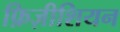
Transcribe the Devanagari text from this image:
फ़िज़ीशियन